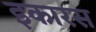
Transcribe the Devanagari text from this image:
इकारस